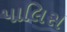
પાલિસ